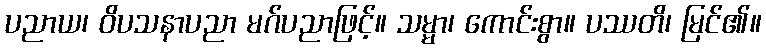
ပညာယ၊ ဝိပသနာပညာ မဂ်ပညာဖြင့်။ သမ္မာ၊ ကောင်းစွာ။ ပဿတိ၊ မြင်၏။